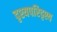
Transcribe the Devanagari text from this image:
दृश्यपरिदृश्य